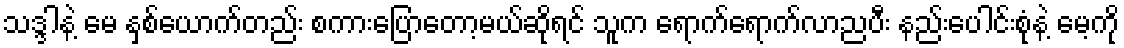
သဒ္ဒါနဲ့ မေ နှစ်ယောက်တည်း စကားပြောတော့မယ်ဆိုရင် သူက ရောက်ရောက်လာညပီး နည်းပေါင်းစုံနဲ့ မေ့ကို